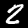
Digit: 2